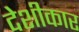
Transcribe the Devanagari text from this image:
देशीकार